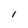
Character: l